Lunatic asylums Punjab 1868-1880 - 1868-1880
Year: 1868
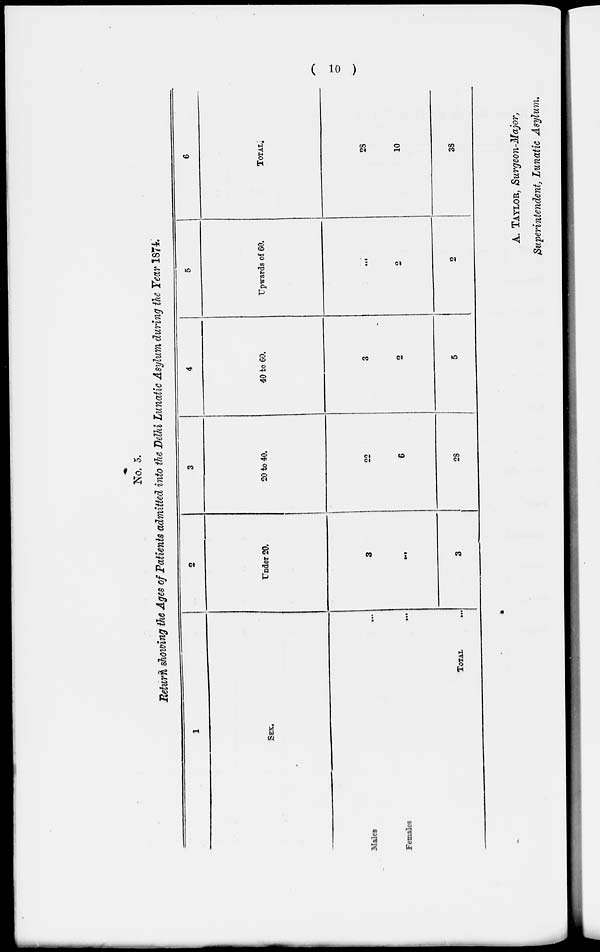
( 10 )
No. 5.
Return showing the Ages of Patients admitted into the Delhi Lunatic Asylum during the Year 1874.
1
SEX.
Males
...
Females
...
TOTAL ...
2
Under 20.
3
...
3
3
20 to 40.
22
6
28
4
40 to 60.
3
2
5
5
Upwards of 60.
...
2
2
6
TOTAL.
28
10
38
A. TAYLOR, Surgeon-Major,
Superintendent, Lunatic Asylum.